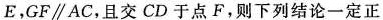
E，GF\parallel AC，且交CD于点F，则下列结论一定正